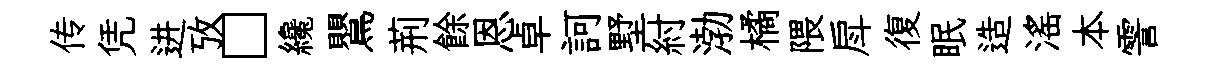
传凭进攷□纔鸎荊餘恩卓訶墅紂渤橘隈戽復眠造滛本霅